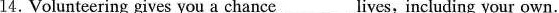
14.Volunteering gives you a chance___lives,including your own.